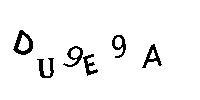
DU9E9A